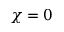
\chi = 0